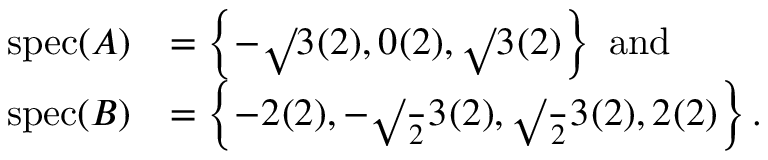
\begin{array} { r l } { \operatorname { s p e c } ( A ) } & { = \left\{ - \sqrt Ḋ 3 Ḍ ^ { Ḋ } ( 2 ) Ḍ , 0 ^ { Ḋ } ( 2 ) Ḍ , \sqrt Ḋ 3 Ḍ ^ { Ḋ } ( 2 ) Ḍ \right\} \mathrm { ~ a n d } } \\ { \operatorname { s p e c } ( B ) } & { = \left\{ - 2 ^ { Ḋ } ( 2 ) Ḍ , - \sqrt Ḋ \frac Ḋ 2 Ḍ Ḋ 3 Ḍ Ḍ ^ { Ḋ } ( 2 ) Ḍ , \sqrt Ḋ \frac Ḋ 2 Ḍ Ḋ 3 Ḍ Ḍ ^ { Ḋ } ( 2 ) Ḍ , 2 ^ { Ḋ } ( 2 ) Ḍ \right\} . } \end{array}